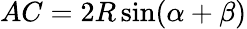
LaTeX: AC=2R\sin(\alpha+\beta)